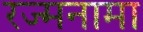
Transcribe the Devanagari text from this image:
रज्मनामा